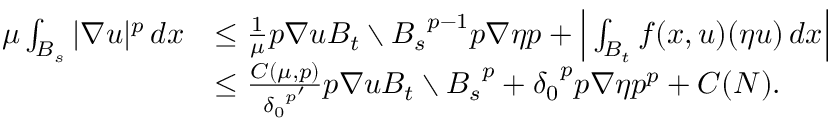
\begin{array} { r l } { \mu \int _ { B _ { s } } | \nabla u | ^ { p } \, d x } & { \le \frac { 1 } { \mu } \L { p } { \nabla u } { B _ { t } \setminus B _ { s } } ^ { p - 1 } \L { p } { \nabla \eta } { p } + \Big | \int _ { B _ { t } } f ( x , u ) ( \eta u ) \, d x \Big | } \\ & { \le \frac { C ( \mu , p ) } { { \delta _ { 0 } } ^ { p ^ { \prime } } } \L { p } { \nabla u } { B _ { t } \setminus B _ { s } } ^ { p } + { \delta _ { 0 } } ^ { p } \L { p } { \nabla \eta } { p } ^ { p } + C ( N ) . } \end{array}